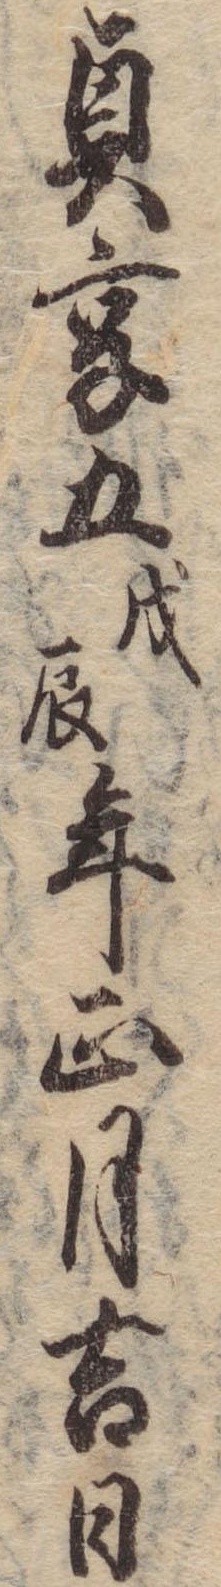
貞享五戊辰年正月吉日